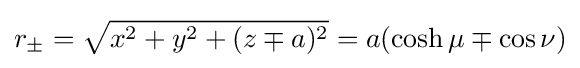
r_{\pm }={\sqrt {x^{2}+y^{2}+(z\mp a)^{2}}}=a(\cosh \mu \mp \cos \nu )